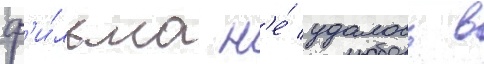
ф'и́льма н'е́ удалось в